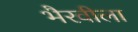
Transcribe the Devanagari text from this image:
भैरवीला